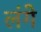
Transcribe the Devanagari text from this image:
लंगे